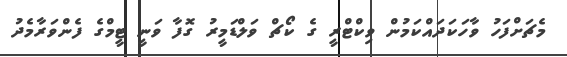
މެޗަށްފަހު ވާހަކަދައްކަމުން ވިކްޓްރީ ގެ ކޯޗް ވަލްޑަމީރު ގޮފާ ވަނީ ޓީމްގެ ފެންވަރާމެދު